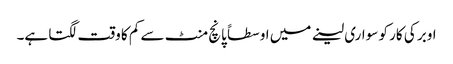
اوبر کی کار کو سواری لینے میں اوسطاً پانچ منٹ سے کم کا وقت لگتا ہے۔